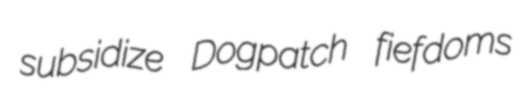
subsidize Dogpatch fiefdoms